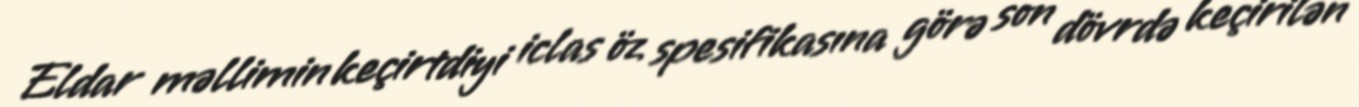
Eldar məllimin keçirtdiyi iclas öz spesifikasına görə son dövrdə keçirilən